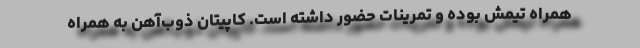
همراه تیمش بوده و تمرینات حضور داشته است. کاپیتان ذوب‌آهن به همراه